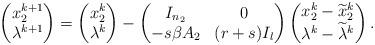
LaTeX: \begin{align*} \begin{pmatrix} x_2^{k+1}\\\lambda^{k+1} \end{pmatrix}=\begin{pmatrix} x_2^{k}\\\lambda^{k} \end{pmatrix}-\begin{pmatrix} I_{n_2}&0\\ -s\beta A_2&(r+s)I_l \end{pmatrix}\begin{pmatrix} x_2^{k}-\widetilde{x}_2^k\\\lambda^{k}-\widetilde{\lambda}^k \end{pmatrix}. \end{align*}